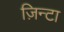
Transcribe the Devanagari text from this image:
ज़िन्टा